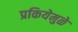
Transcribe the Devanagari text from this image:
प्रकियेमुळे